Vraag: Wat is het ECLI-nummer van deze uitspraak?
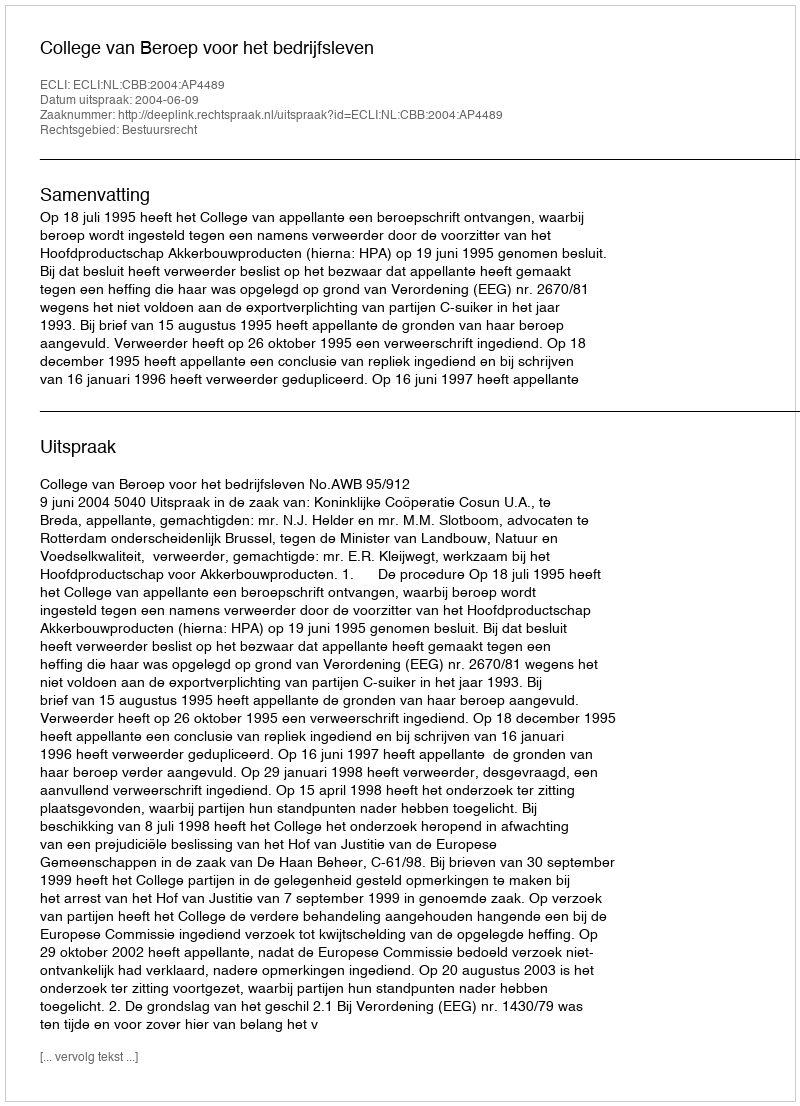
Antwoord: ECLI:NL:CBB:2004:AP4489